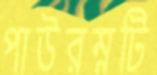
পাউরম্নটি